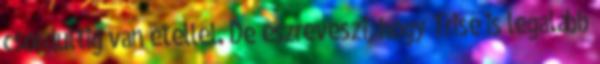
csordultig van étellel. De észreveszi, hogy Trisé is legalább